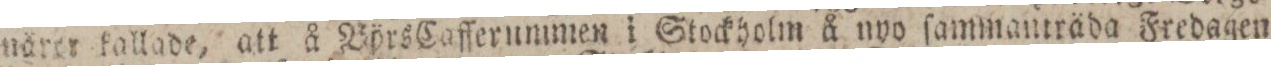
närer kallade, att å Börs Cafferummen i Stockholm å nyo ſammanträda Fredagen